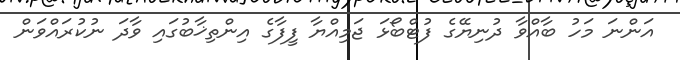
އަންނަ މަހު ބާއްވާ ދުނިޔޭގެ ފުޓްބޯޅަ ޖަމިއްޔާ ފީފާގެ އިންތިޚާބުގައި ވާދަ ނުކުރައްވަން